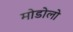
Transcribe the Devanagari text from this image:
मोडोलो